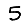
Digit: 5